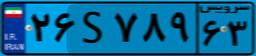
۲۹S۱۶۲۲۲